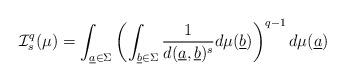
LaTeX: \begin{align*}\mathcal I_{s}^q(\mu)=\int_{\underline a \in \Sigma}\left(\int_{\underline b \in\Sigma} \frac{1}{d(\underline a,\underline b)^s}d\mu(\underline b)\right)^{q-1}d\mu(\underline a)\end{align*}